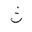
Letter: _tha